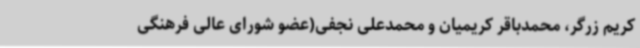
کریم زرگر، محمدباقر کریمیان و محمدعلی نجفی(عضو شورای عالی فرهنگی